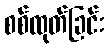
စစ်ထုတ်ခြင်း